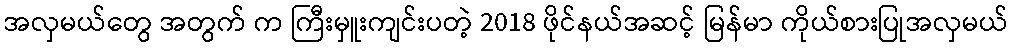
အလှမယ်တွေ အတွက် က ကြီးမှူးကျင်းပတဲ့ 2018 ဖိုင်နယ်အဆင့် မြန်မာ ကိုယ်စားပြုအလှမယ်